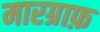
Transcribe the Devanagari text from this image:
मारग्राफ़